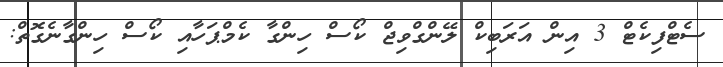
ސެޓްފިކެޓް 3 އިން އަރަބިކް ލޭންގްވިޖް ކޯސް ހިންގާ ކެމްޕަހާއި ކޯސް ހިންގާނެގޮތް: